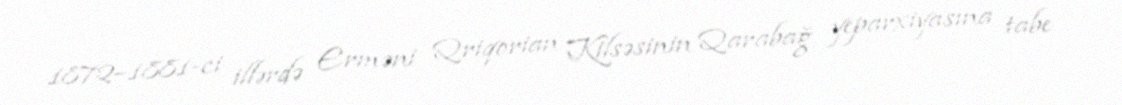
1872–1881-ci illərdə Erməni Qriqorian Kilsəsinin Qarabağ yeparxiyasına tabe